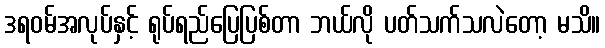
ဒရဝမ်အလုပ်နှင့် ရုပ်ရည်ပြေပြစ်တာ ဘယ်လို ပတ်သက်သလဲတော့ မသိ။